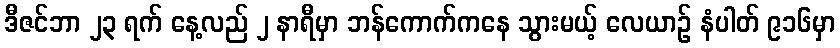
ဒီဇင်ဘာ ၂၃ ရက် နေ့လည် ၂ နာရီမှာ ဘန်ကောက်ကနေ သွားမယ့် လေယာဉ် နံပါတ် ၉၁၆မှာ